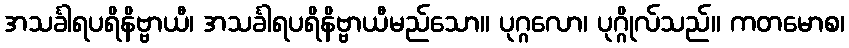
အသင်္ခါရပရိနိဗ္ဗာယီ၊ အသင်္ခါရပရိနိဗ္ဗာယီမည်သော။ ပုဂ္ဂလော၊ ပုဂ္ဂိုလ်သည်။ ကတမောစ၊